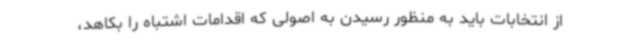
از انتخابات باید به منظور رسیدن به اصولی که اقدامات اشتباه را بکاهد،